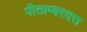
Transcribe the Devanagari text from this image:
पीताम्बरदत्त